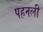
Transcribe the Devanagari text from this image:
पहनली